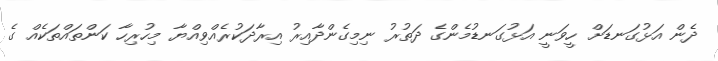
ދެން އަޅުގަނޑަށް ހީވަނީ އަޅުގަނޑުމެންގެ ދަތުރު ނިމިގެންދާއިރު އިރާދަކުރެއްވިއްޔާ މިހުރިހާ ކަންތައްތަކެއް ގެ